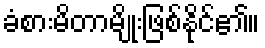
ခံစားမိတာမျိုးဖြစ်နိုင်၏။